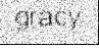
gracy